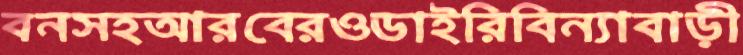
বনসহআরবেরওডাইরিবিন্যাবাড়ী